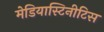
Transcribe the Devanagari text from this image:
मेडियास्टिनीटिस